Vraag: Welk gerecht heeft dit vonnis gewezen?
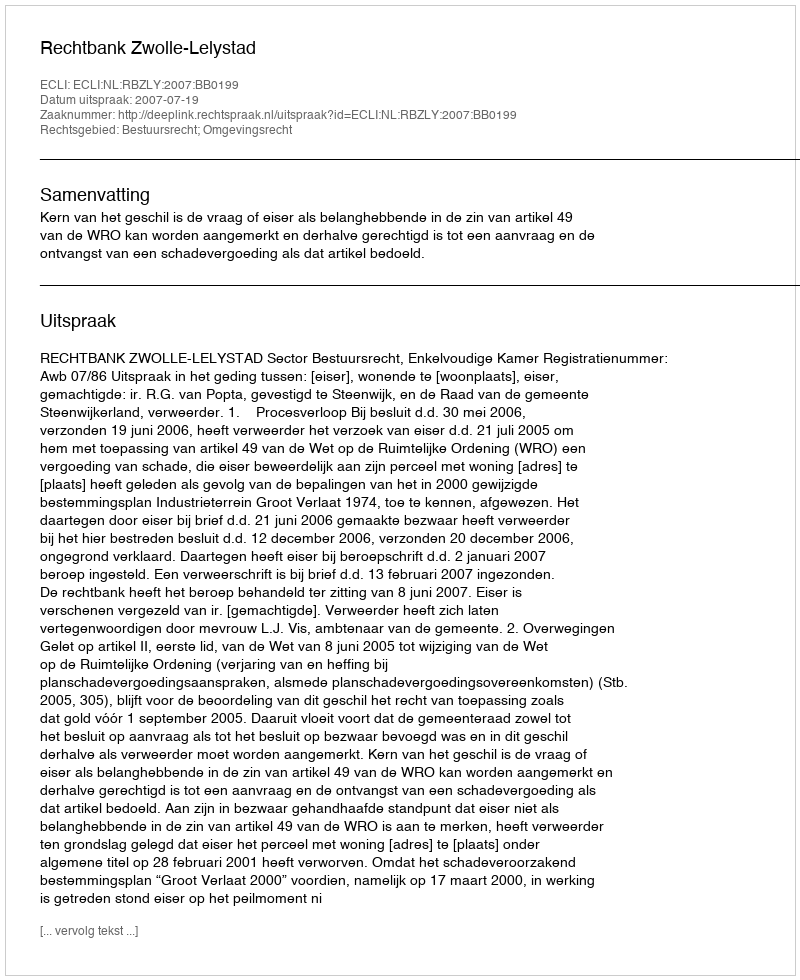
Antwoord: Rechtbank Zwolle-Lelystad